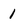
Character: 1